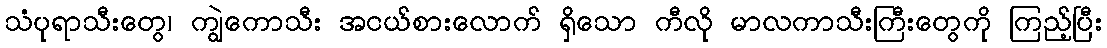
သံပုရာသီးတွေ၊ ကျွဲကောသီး အငယ်စားလောက် ရှိသော ကီလို မာလကာသီးကြီးတွေကို ကြည့်ပြီး